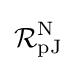
{\mathcal {R}}_{\text{pJ}}^{\text{N}}